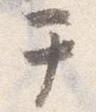
テ